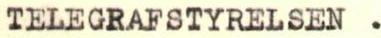
TELEGRAFSTYRELSEN .